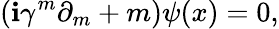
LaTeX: (\mathbf{i}\gamma^{m}\partial_{m}+m)\psi(x)=0,